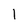
Character: l